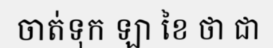
ចាត់ទុក ឡា ខៃ ថា ជា